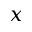
x